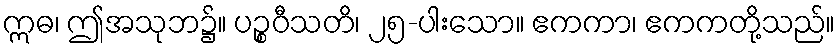
ဣဓ၊ ဤအသုဘ၌။ ပဉ္စဝီသတိ၊ ၂၅-ပါးသော။ ဧကကာ၊ ဧကကတို့သည်။